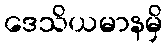
ဒေသိယမာနမှိ